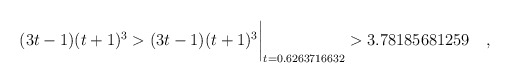
\begin{align*} (3t-1)(t+1)^3 & > (3t-1)(t+1)^3\biggr\rvert_{t=0.6263716632} > 3.78185681259 \quad , \end{align*}